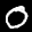
Label: 0